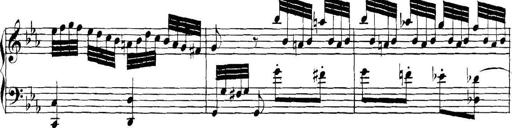
Title: Collected Piano Sonatas
Composer: Muzio Clementi